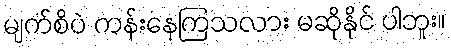
မျက်စိပဲ ကန်းနေကြသလား မဆိုနိုင် ပါဘူး။